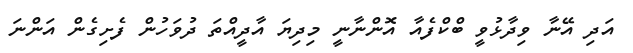
އަދި އޭނާ ވިދާޅުވީ ބްކްފެއާ އޮންނާނީ މިދިޔަ އާދީއްތަ ދުވަހުން ފެށިގެން އަންނަ